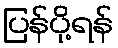
ပြန်ပို့ရန်